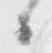
候